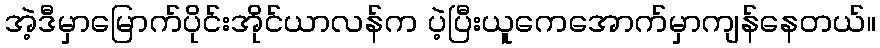
အဲ့ဒီမှာမြောက်ပိုင်းအိုင်ယာလန်က ပဲ့ပြီးယူကေအောက်မှာကျန်နေတယ်။